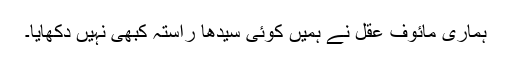
ہماری مائوف عقل نے ہمیں کوئی سیدھا راستہ کبھی نہیں دکھایا۔